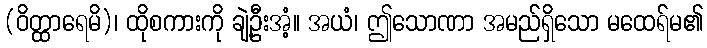
(ဝိတ္ထာရေမိ)၊ ထိုစကားကို ချဲ့ဦးအံ့။ အယံ၊ ဤသောဏာ အမည်ရှိသော မထေရ်မ၏